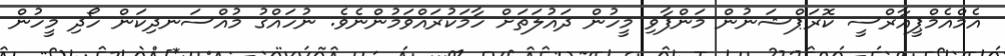
އެމްއެމްޕީއާރްސީ ކޮރަޕްޝަނުން މަންފާވި މީހުން ދައުލަތަށް ހާމަކުރައްވަމުންނެވެ. ނުހައްގު މުއްސަނދިކަން ހޯދި މީހުން